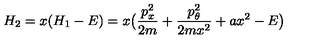
H _ { 2 } = x ( H _ { 1 } - E ) = x \bigl ( \frac { p _ { x } ^ { 2 } } { 2 m } + \frac { p _ { \theta } ^ { 2 } } { 2 m x ^ { 2 } } + a x ^ { 2 } - E \bigr )